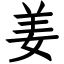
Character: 姜